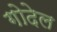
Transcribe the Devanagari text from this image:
गोदेल